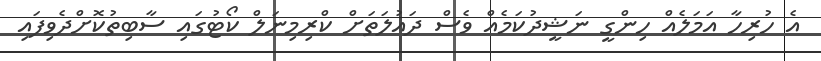
އެ ހުރިހާ އަމަލެއް ހިންގީ ނަޝީދުކަމެއް ވެސް ދައުލަތަށް ކްރިމިނަލް ކޯޓުގައި ސާބިތުކޮށްދެވިފައި